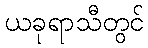
ယခုရာသီတွင်